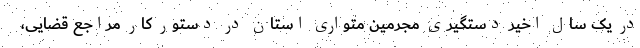
در یک سال اخیر دستگیری مجرمین متواری استان در دستور کار مراجع قضایی،